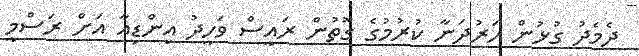
ދެމެދު ގުޅުން ހަރުދަނާ ކުރުމުގެ ގޮތުން ރައީސް ވަހީދު އިންޑިއާ އަށް ރަސްމީ